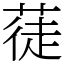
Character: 蓗